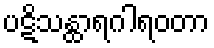
ပဋိသန္ထာရဂါရဝတာ